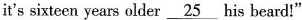
it's sixteen years older \underline{25} his beard!"